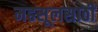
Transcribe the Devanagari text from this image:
महसूलसाठी